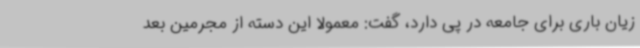
زیان باری برای جامعه در پی دارد، گفت: معمولاً این دسته از مجرمین بعد